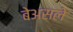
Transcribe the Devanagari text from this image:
बेअसले